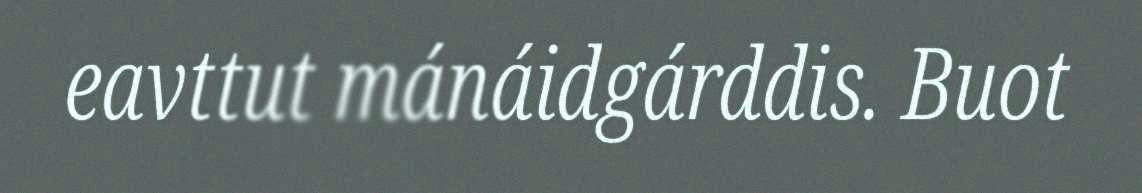
eavttut mánáidgárddis. Buot